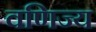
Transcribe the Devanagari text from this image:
वणिज्य